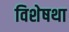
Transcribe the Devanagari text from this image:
विशेषथा